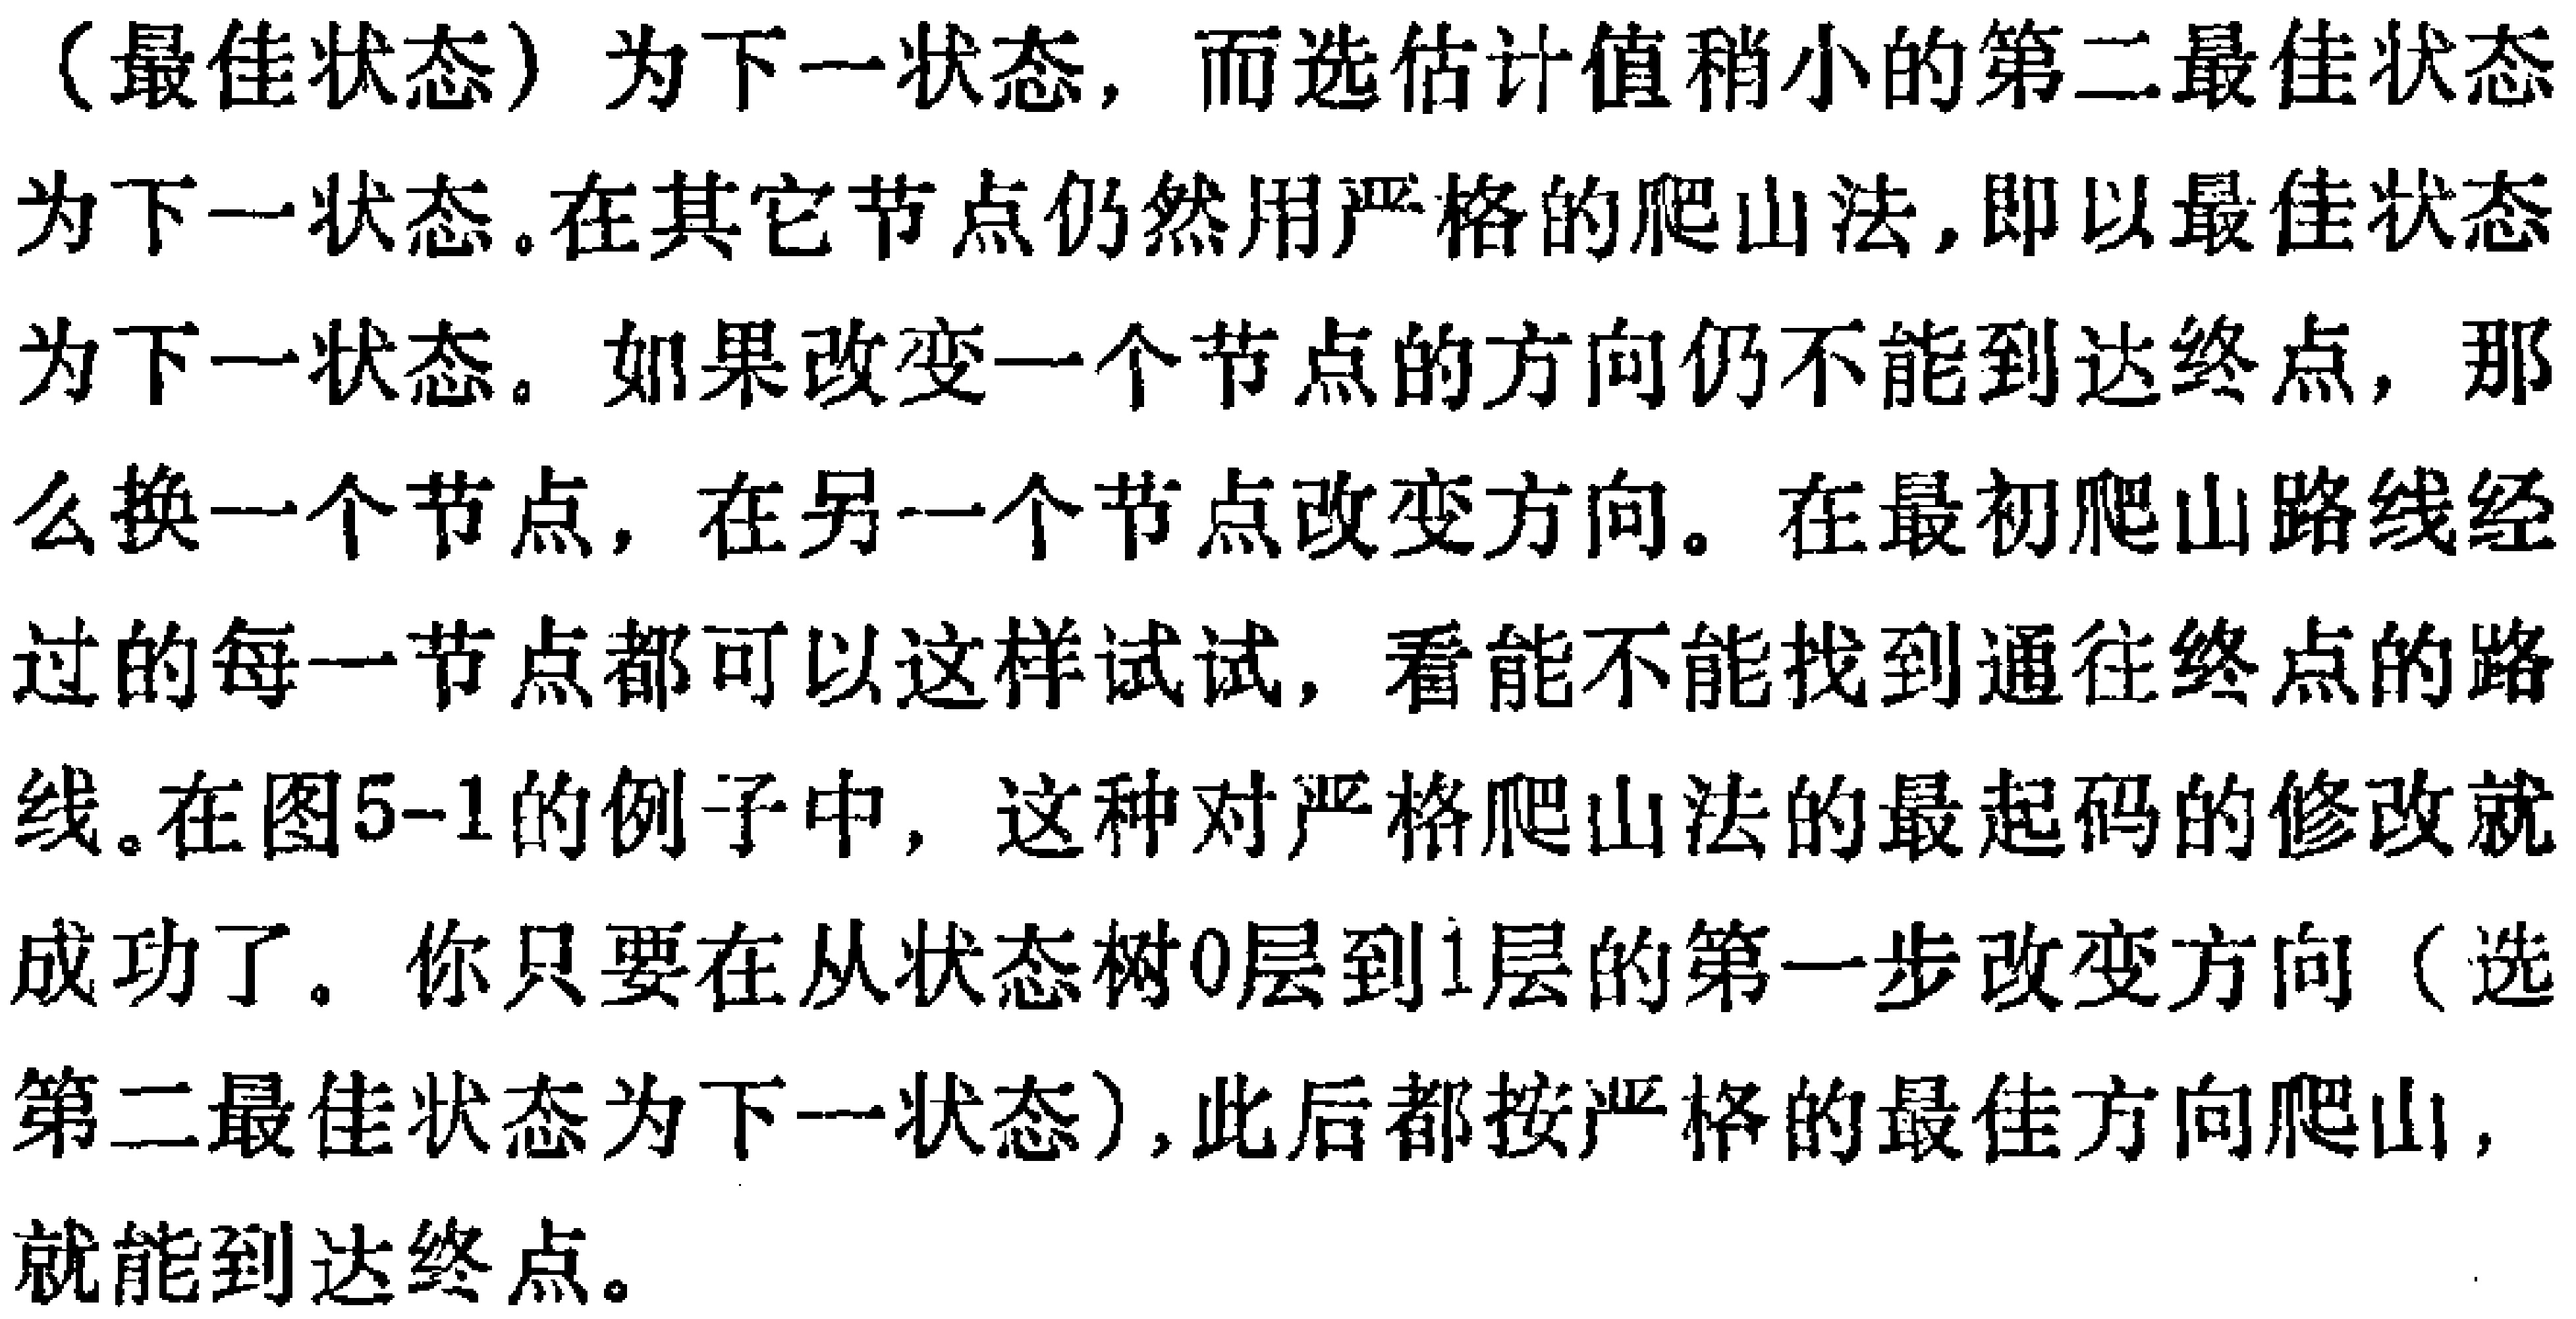
（最佳状态）为下一状态，而选估计值稍小的第二最佳状态

为下一状态。在其它节点仍然用严格的爬山法，即以最佳状态

为下一状态。如果改变一个节点的方向仍不能到达终点，那

么换一个节点，在另一个节点改变方向。在最初爬山路线经

过的每一节点都可以这样试试，看能不能找到通往终点的路

线。在图5-1的例子中，这种对严格爬山法的最起码的修改就

成功了。你只要在从状态树0层到1层的第一步改变方向（选

第二最佳状态为下一状态），此后都按严格的最佳方向爬山，

就能到达终点。